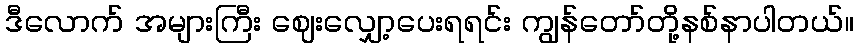
ဒီလောက် အများကြီး ဈေးလျှော့ပေးရရင်း ကျွန်တော်တို့နစ်နာပါတယ်။